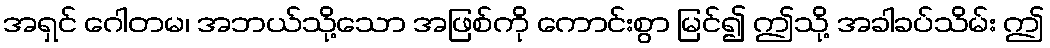
အရှင် ဂေါတမ၊ အဘယ်သို့သော အဖြစ်ကို ကောင်းစွာ မြင်၍ ဤသို့ အခါခပ်သိမ်း ဤ